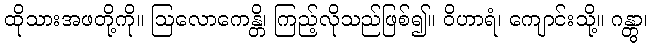
ထိုသားအဖတို့ကို။ ဩလောကေန္တိ၊ ကြည့်လိုသည်ဖြစ်၍။ ဝိဟာရံ၊ ကျောင်းသို့။ ဂန္တွာ၊